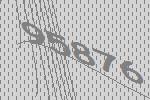
95876